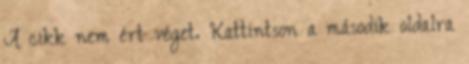
A cikk nem ért véget. Kattintson a második oldalra